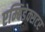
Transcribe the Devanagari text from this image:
एम्बिडेक्सटर